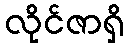
လိုင်ဇာရှိ